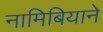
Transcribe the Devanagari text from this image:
नामिबियाने